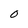
Character: O